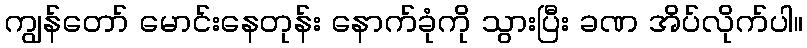
ကျွန်တော် မောင်းနေတုန်း နောက်ခုံကို သွားပြီး ခဏ အိပ်လိုက်ပါ။